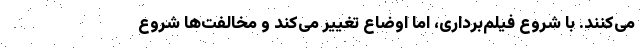
می‌کنند. با شروع فیلم‌برداری، اما اوضاع تغییر می‌کند و مخالفت‌ها شروع